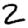
Digit: 2